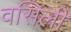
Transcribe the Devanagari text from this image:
वसिली